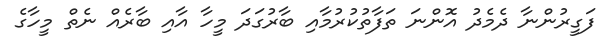
ފަގީރުންނާ ދެމެދު އޮންނަ ތަފާތުކުރުމާއި ބާރުގަދަ މީހާ އާއި ބާރެއް ނެތް މީހާގެ